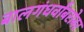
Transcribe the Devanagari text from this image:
बालगंधर्वांबरोबर